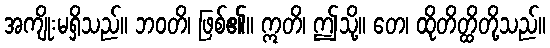
အကျိုးမရှိသည်။ ဘဝတိ၊ ဖြစ်၏။ ဣတိ၊ ဤသို့။ တေ၊ ထိုတိတ္ထိတို့သည်။